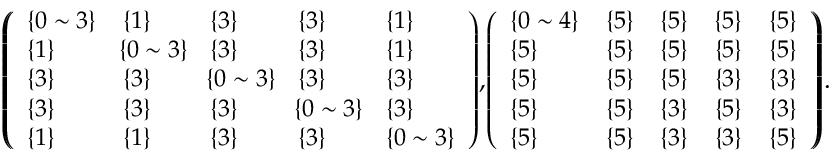
\begin{array} { r } { \small { \left( \! \! \left( \begin{array} { l l l l l } { \{ 0 \sim 3 \} } & { \{ 1 \} } & { \{ 3 \} } & { \{ 3 \} } & { \{ 1 \} } \\ { \{ 1 \} } & { \! \{ 0 \sim 3 \} \! } & { \{ 3 \} } & { \{ 3 \} } & { \{ 1 \} } \\ { \{ 3 \} } & { \{ 3 \} } & { \! \{ 0 \sim 3 \} \! } & { \{ 3 \} } & { \{ 3 \} } \\ { \{ 3 \} } & { \{ 3 \} } & { \{ 3 \} } & { \! \{ 0 \sim 3 \} \! } & { \{ 3 \} } \\ { \{ 1 \} } & { \{ 1 \} } & { \{ 3 \} } & { \{ 3 \} } & { \{ 0 \sim 3 \} } \end{array} \right) \! , \! \left( \begin{array} { l l l l l } { \{ 0 \sim 4 \} } & { \{ 5 \} } & { \{ 5 \} } & { \{ 5 \} } & { \{ 5 \} } \\ { \{ 5 \} } & { \{ 5 \} } & { \{ 5 \} } & { \{ 5 \} } & { \{ 5 \} } \\ { \{ 5 \} } & { \{ 5 \} } & { \{ 5 \} } & { \{ 3 \} } & { \{ 3 \} } \\ { \{ 5 \} } & { \{ 5 \} } & { \{ 3 \} } & { \{ 5 \} } & { \{ 3 \} } \\ { \{ 5 \} } & { \{ 5 \} } & { \{ 3 \} } & { \{ 3 \} } & { \{ 5 \} } \end{array} \right) \! \! \right) \! . } } \end{array}